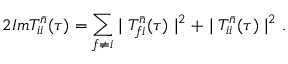
2 I m T _ { i i } ^ { \bar { n } } ( \tau ) = \sum _ { f \neq i } \mid T _ { f i } ^ { \bar { n } } ( \tau ) \mid ^ { 2 } + \mid T _ { i i } ^ { \bar { n } } ( \tau ) \mid ^ { 2 } .